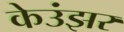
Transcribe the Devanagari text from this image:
केउंझर